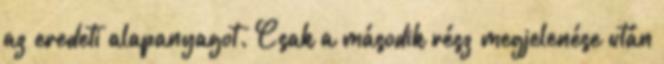
az eredeti alapanyagot. Csak a második rész megjelenése után